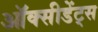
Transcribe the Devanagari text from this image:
ऑक्सीडेंट्स